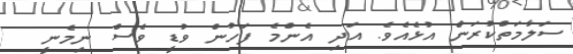
ސަލާމަތްކުރަން އުޅެއެވެ. އަދި އެންމެ ފަހުން ވުޑީ ވެސް ނިމެނީ